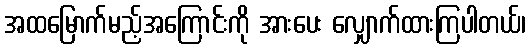
အထမြောက်မည့်အကြောင်းကို အားပေး လျှောက်ထားကြပါတယ်၊